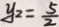
y _ { 2 } = \frac { 5 } { 2 }